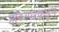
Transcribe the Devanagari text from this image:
हॉटस्परकडून